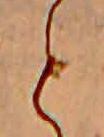
と